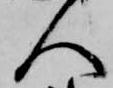
人